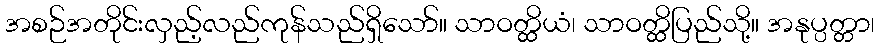
အစဉ်အတိုင်းလှည့်လည်ကုန်သည်ရှိသော်။ သာဝတ္ထိယံ၊ သာဝတ္ထိပြည်သို့။ အနုပ္ပတ္တာ၊